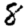
Digit: 8